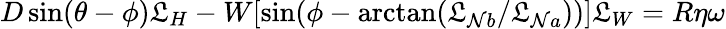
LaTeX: D\sin(\theta-\phi)\mathfrak{L}_{H}-W[\sin(\phi-\arctan(\mathfrak{L}_{\mathcal{N}b}/\mathfrak{L}_{\mathcal{N}a}))]\mathfrak{L}_{W}=R\eta\omega